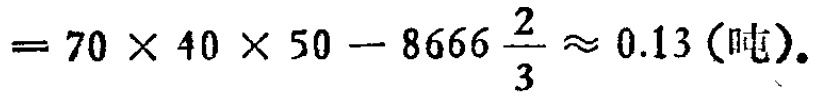
\(= 70\times40\times50 - 8666\frac{2}{3}\approx 0.13(\text{吨})\)